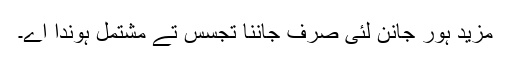
مزید ہُور جانن لئی صرف جاننا تجسس تے مشتمل ہوندا اے۔